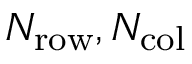
N _ { \mathrm { r o w } } , N _ { \mathrm { c o l } }